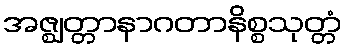
အဇ္ဈတ္တာနာဂတာနိစ္စသုတ္တံ